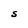
Character: S